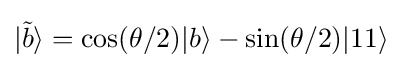
|{\tilde {b}}\rangle =\cos(\theta /2)|b\rangle -\sin(\theta /2)|11\rangle